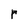
Character: r